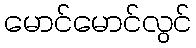
မောင်မောင်လွင်